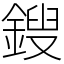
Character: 鎪